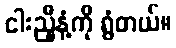
ငါးညှီနံ့ကို ရွံတယ်။